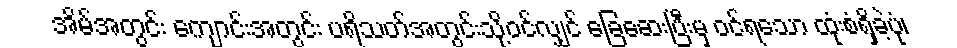
အိမ်အတွင်း ကျောင်းအတွင်း ပရိသတ်အတွင်းသို့ဝင်လျှင် ခြေဆေးပြီးမှ ဝင်ရသော ထုံးစံရှိခဲ့ပုံ၊